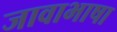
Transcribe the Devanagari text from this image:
जावाभाषा